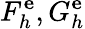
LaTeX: F_{h}^{\mathbf{e}},G_{h}^{\mathbf{e}}